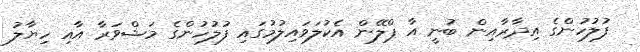
ފުލުހުންގެ އިދާރާއިން ބުނީ އާ ޕްލޭން އެކުލަވައިލުމުގައި ފުލުހުންގެ މަޝްވަރާ އާއި ހިޔާލު